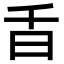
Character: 𣅌